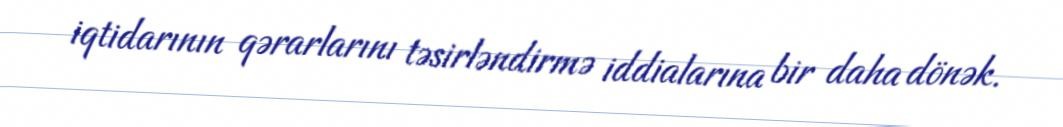
iqtidarının qərarlarını təsirləndirmə iddialarına bir daha dönək.